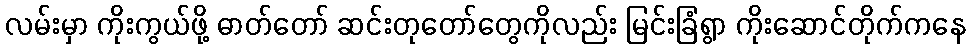
လမ်းမှာ ကိုးကွယ်ဖို့ ဓာတ်တော် ဆင်းတုတော်တွေကိုလည်း မြင်းခြံရွာ ကိုးဆောင်တိုက်ကနေ